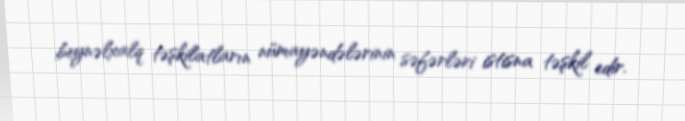
beynəlxalq təşkilatların nümayəndələrinin səfərləri istisna təşkil edir.